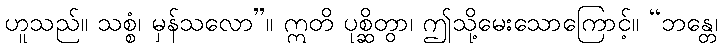
ဟူသည်။ သစ္စံ၊ မှန်သလော”။ ဣတိ ပုစ္ဆိတွာ၊ ဤသို့မေးသောကြောင့်။ “ဘန္တေ၊